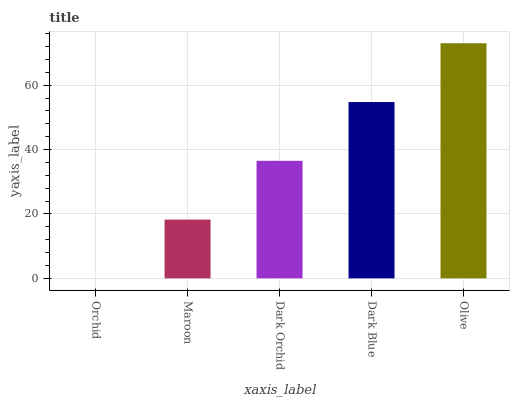
| xaxis_label | bars |
 | --- | --- |
 | Orchid | 0 |
 | Maroon | 18.3 |
 | Dark Orchid | 36.5 |
 | Dark Blue | 54.8 |
 | Olive | 73 |